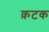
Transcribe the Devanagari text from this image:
क़टक